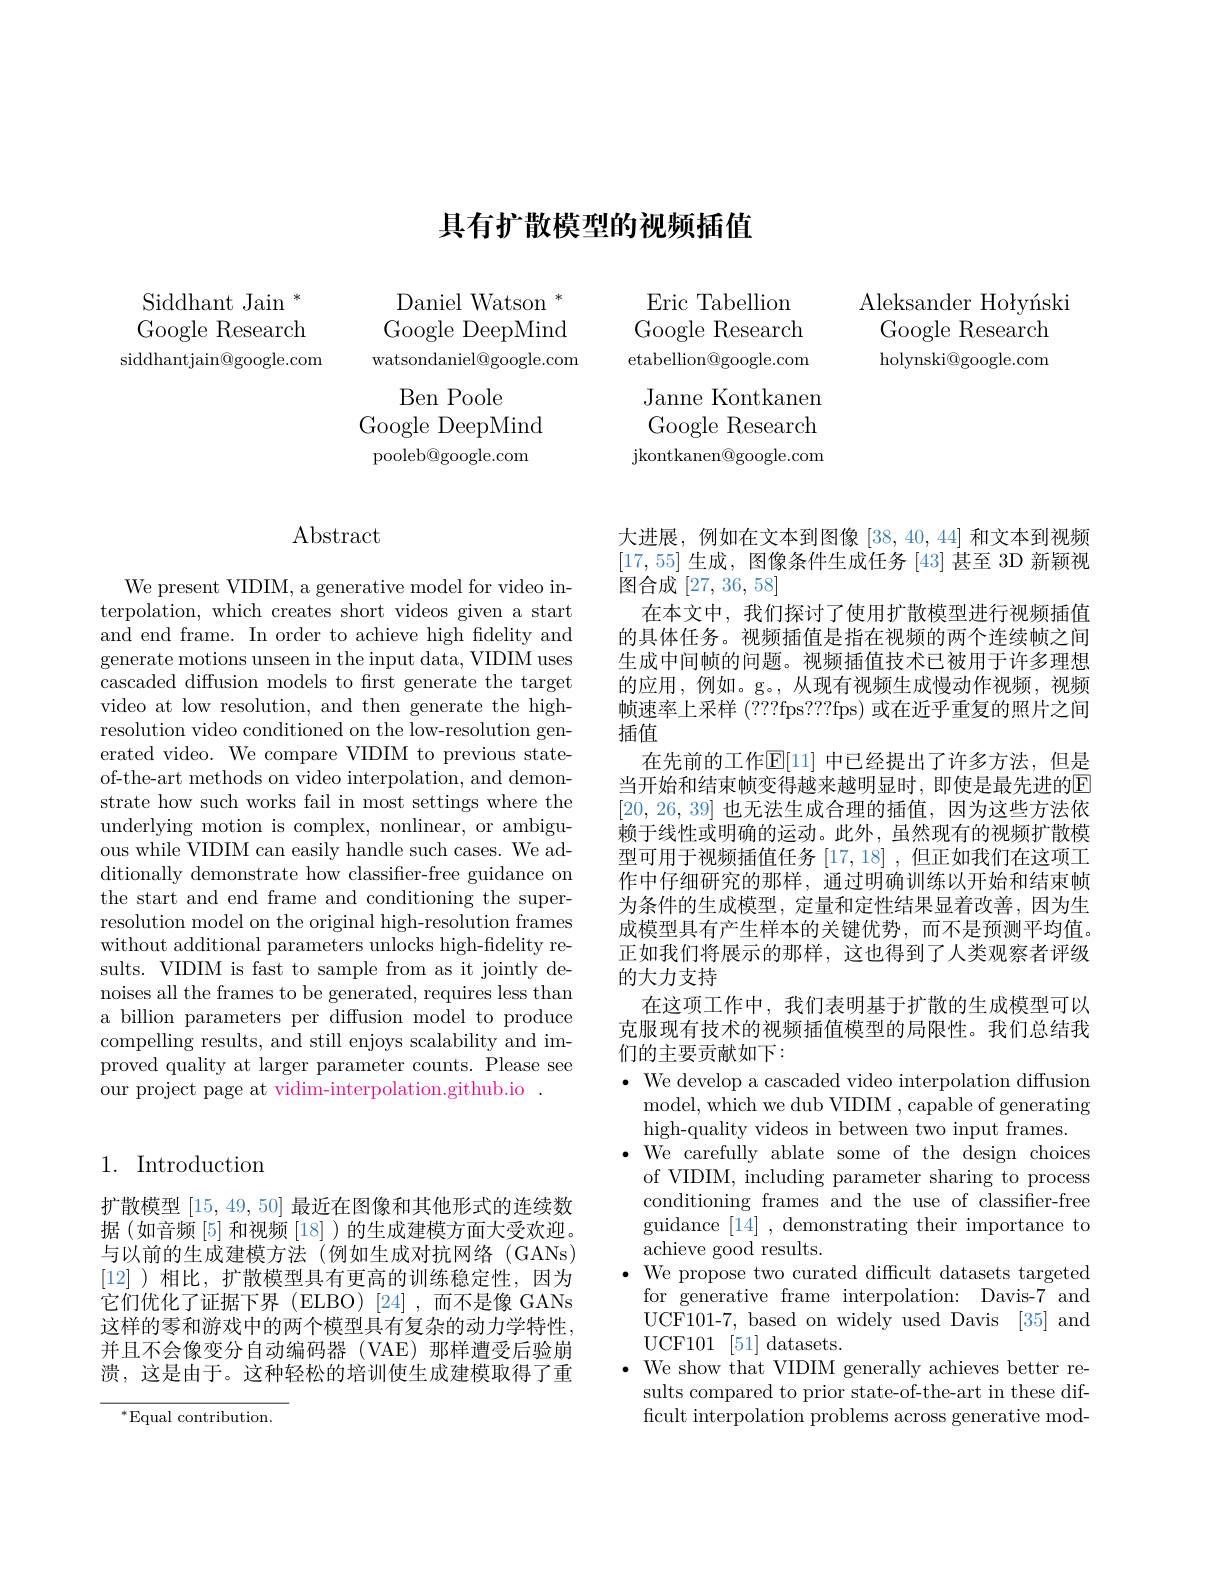
Siddhant Jain $^*$ Google Research siddhantjain@google.com

## 具有扩散模型的视频插值

Daniel Watson $^*$ Google DeepMind watsondaniel@google.com
Ben Poole
Google DeepMind pooleb@google.com

Eric Tabellion Google Research etabellion@google.com Janne Kontkanen Google Research ${\mathrm{jkontkanen@google.com}}$

Aleksander Hołyíski Google Research holynski@google.com

### Abstract

We present VIDIM, a generative model for video interpolation, which creates short videos given a start and end frame. In order to achieve high fidelity and generate motions unseen in the input data, VIDIM uses cascaded diffusion models to first generate the target video at low resolution, and then generate the highresolution video conditioned on the low-resolution generated video. We compare VIDIM to previous stateof-the-art methods on video interpolation, and demonstrate how such works fail in most settings where the underlying motion is complex, nonlinear, or ambiguous while VIDIM can easily handle such cases. We additionally demonstrate how classifier-free guidance on the start and end frame and conditioning the superresolution model on the original high-resolution frames without additional parameters unlocks high-fidelity results. VIDIM is fast to sample from as it jointly denoises all the frames to be generated, requires less than a billion parameters per diffusion model to produce compelling results, and still enjoys scalability and improved quality at larger parameter counts. Please see our project page at vidim-interpolation.github.io

### 1. Introduction

扩散模型[15,49,50]最近在图像和其他形式的连续数据(如音频[5]和视频[18])的生成建模方面大受欢迎。与以前的生成建模方法(例如生成对抗网络(GANs) [12] )相比，扩散模型具有更高的训练稳定性，因为它们优化了证据下界(ELBO)[24],而不是像 GANs 这样的零和游戏中的两个模型具有复杂的动力学特性， 并且不会像变分自动编码器(VAE)那样遭受后验崩溃，这是由于。这种轻松的培训使生成建模取得了重

$^{*}$Equal contribution.

大进展，例如在文本到图像[38,40,44] 和文本到视频[17,55]生成，图像条件生成任务[43]甚至 3D 新颖视图合成[27,36,58]
在本文中，我们探讨了使用扩散模型进行视频插值的具体任务。视频插值是指在视频的两个连续帧之间生成中间帧的问题。视频插值技术已被用于许多理想的应用，例如。g。,从现有视频生成慢动作视频，视频帧速率上采样(???fps???fps) 或在近乎重复的照片之间插值
在先前的工作$\mathbb{E}[11]$ 中已经提出了许多方法，但是当开始和结束帧变得越来越明显时，即使是最先进的E [20,26,39]也无法生成合理的插值，因为这些方法依赖于线性或明确的运动。此外，虽然现有的视频扩散模型可用于视频插值任务[17,18] ,但正如我们在这项工作中仔细研究的那样，通过明确训练以开始和结束帧为条件的生成模型，定量和定性结果显着改善，因为生成模型具有产生样本的关键优势，而不是预测平均值。正如我们将展示的那样，这也得到了人类观察者评级的大力支持
在这项工作中，我们表明基于扩散的生成模型可以克服现有技术的视频插值模型的局限性。我们总结我们的主要贡献如下：
$\bullet$ We develop a cascaded video interpolation diffusion model, which we dub VIDIM , capable of generating high-quality videos in between two input frames
$\cdot$ We carefully ablate some of the design choices of VIDIM, including parameter sharing to process conditioning frames and the use of classifier-free guidance [14] , demonstrating their importance to achieve good results.
${\text{, We propose two curated difficult datasets targeted}}$ for generative frame interpolation: Davis-7 and UCF101-7, based on widely used Davis [35] and UCF101 [51]datasets.
We show that VIDIM generally achieves better results compared to prior state-of-the-art in these difficult interpolation problems across generative mod-